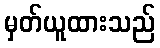
မှတ်ယူထားသည်